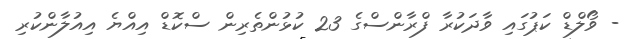
- ވޯލްޑް ކަޕުގައި ވާދަކުރާ ފްރާންސްގެ 23 ކުޅުންތެރިން ސްކޮޑް އިއްޔެ އިއުލާންކުރި